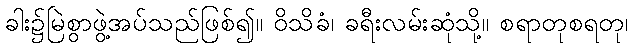
ခါး၌မြဲစွာဖွဲ့အပ်သည်ဖြစ်၍။ ဝိသိခံ၊ ခရီးလမ်းဆုံသို့။ စရာတုစရတု၊